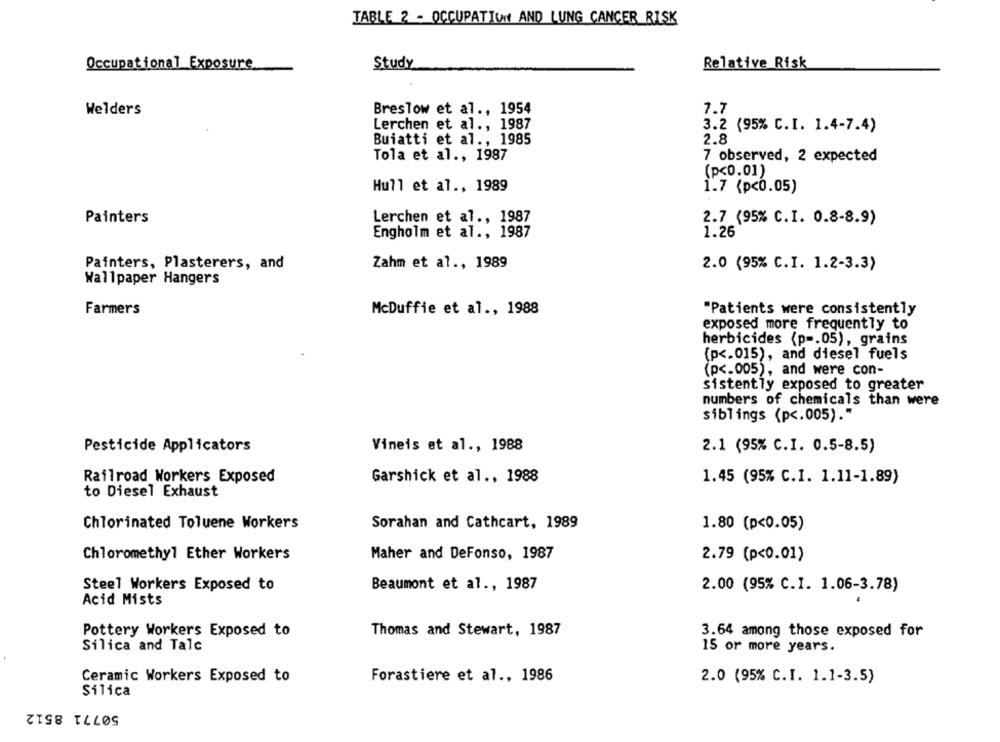
TABLE 2 - OCCUPATION AND LUNG CANCER RISK
Occupational Exposure
Study
Relative Risk
Welders
Breslow et al ., 1954
7.7
Lerchen et al ., 1987
3.2 (95% C.I. 1.4-7.4)
Buiatti et al ., 1985
2.8
Tola et al ., 1987
7 observed, 2 expected
(p<0.01)
Hull et al ., 1989
1.7 (p<0.05)
Painters
Lerchen et al ., 1987
2.7 (95% C.I. 0.8-8.9)
Engholm et al ., 1987
1.26
Painters, Plasterers, and
Zahm et al ., 1989
2.0 (95% C.I. 1.2-3.3)
Wallpaper Hangers
Farmers
McDuffie et al ., 1988
"Patients were consistently
exposed more frequently to
herbicides (p -. 05), grains
(p <. 015), and diesel fuels
(p <. 005), and were con-
sistently exposed to greater
numbers of chemicals than were
siblings (p <. 005)."
Pesticide Applicators
Vineis et al ., 1988
2.1 (95% C.I. 0.5-8.5)
Railroad Workers Exposed
Garshick et al ., 1988
1.45 (95% C.I. 1.11-1.89)
to Diesel Exhaust
Chlorinated Toluene Workers
Sorahan and Cathcart, 1989
1.80 (p<0.05)
Chloromethyl Ether Workers
Maher and DeFonso, 1987
2.79 (p<0.01)
Steel Workers Exposed to
Beaumont et al ., 1987
2.00 (95% C.I. 1.06-3.78)
Acid Mists
Pottery Workers Exposed to
Thomas and Stewart, 1987
3.64 among those exposed for
Silica and Talc
15 or more years.
Ceramic Workers Exposed to
Forastiere et al ., 1986
2.0 (95% C.I. 1.1-3.5)
Silica
50771 8512